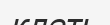
клеть